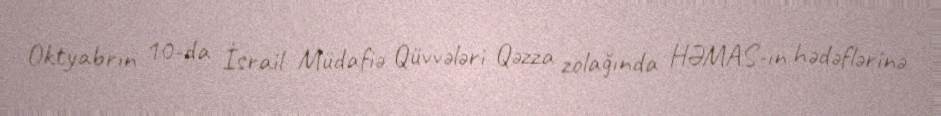
Oktyabrın 10-da İsrail Müdafiə Qüvvələri Qəzza zolağında HƏMAS-ın hədəflərinə